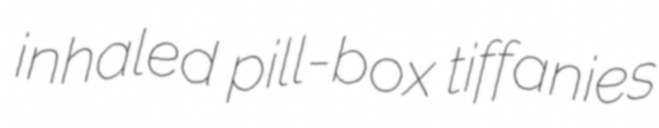
inhaled pill-box tiffanies